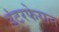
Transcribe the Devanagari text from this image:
इंटरफेरान